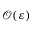
\mathcal { O } ( \varepsilon )